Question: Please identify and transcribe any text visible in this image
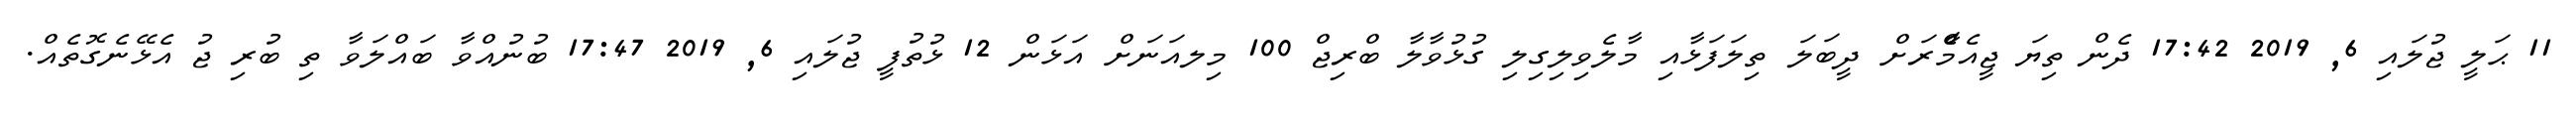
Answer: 11 ޙަލީ ޖުލައި 6, 2019 17:42 ދެން ތިޔަ ޖީއެމްެާރަށް ދީބަލަ ތިލަފަޅާއި މާލެވިލިގިލި ގުޅުވާލާ ބްރިޖް 100 މިލއަނަށް އަޅަން 12 ޅުތުފީ ޖުލައި 6, 2019 17:47 ބުނުއްވާ ބައްލަވާ ތި ބުރި ޖު އެޅޭނެގޮތެއް.